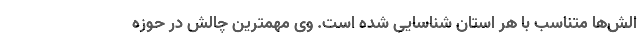
الش‌ها متناسب با هر استان شناسایی شده است. وی مهمترین چالش در حوزه